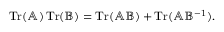
\operatorname { T r } ( \mathbb { A } ) \operatorname { T r } ( \mathbb { B } ) = \operatorname { T r } ( \mathbb { A } \mathbb { B } ) + \operatorname { T r } ( \mathbb { A } \mathbb { B } ^ { - 1 } ) .